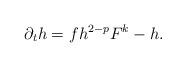
LaTeX: \begin{align*}\partial_th=fh^{2-p}F^k-h.\end{align*}